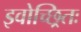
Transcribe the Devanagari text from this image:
इवोच्छ्रितः